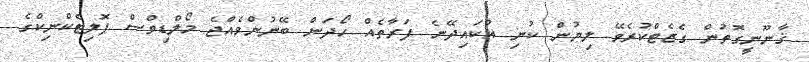
ޤާނޫނީގޮތުން ގެޒެޓްކުރެވޭ ލިޔުން ކުނި އުކައިދޭނެ ފަރާތެއް ހޯދަން ބޭނުންވެއްޖެ މޯލްޑިވްސް ޕޮލިޓެކްނިކްގެ